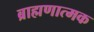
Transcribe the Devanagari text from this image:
ब्राह्मणात्मक